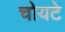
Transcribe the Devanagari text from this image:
चोयटे